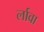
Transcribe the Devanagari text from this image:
र्लावा